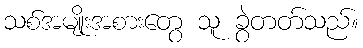
သစ်အမျိုးအစားတွေ သူ ခွဲတတ်သည်။